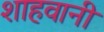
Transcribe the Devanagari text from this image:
शाहवानी